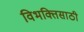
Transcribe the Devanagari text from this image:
विभक्तिसाठी